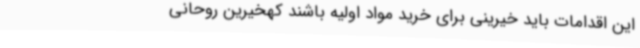
این اقدامات باید خیرینی برای خرید مواد اولیه باشند کهخیرین روحانی